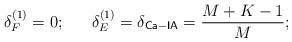
LaTeX: \begin{align*}\delta_F^{(1)} = 0;~~~~~\delta_E^{(1)} =\delta_{\mathsf{Ca-IA}} = \frac{M+K-1}{M};\end{align*}